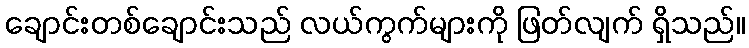
ချောင်းတစ်ချောင်းသည် လယ်ကွက်များကို ဖြတ်လျက် ရှိသည်။